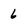
Character: 6